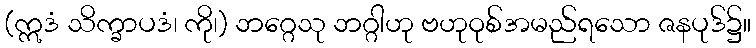
(ဣဒံ သိက္ခာပဒံ၊ ကို၊) ဘဂ္ဂေသု ဘဂ္ဂါဟု ဗဟုဝုစ်အမည်ရသော ဇနပုဒ်၌။